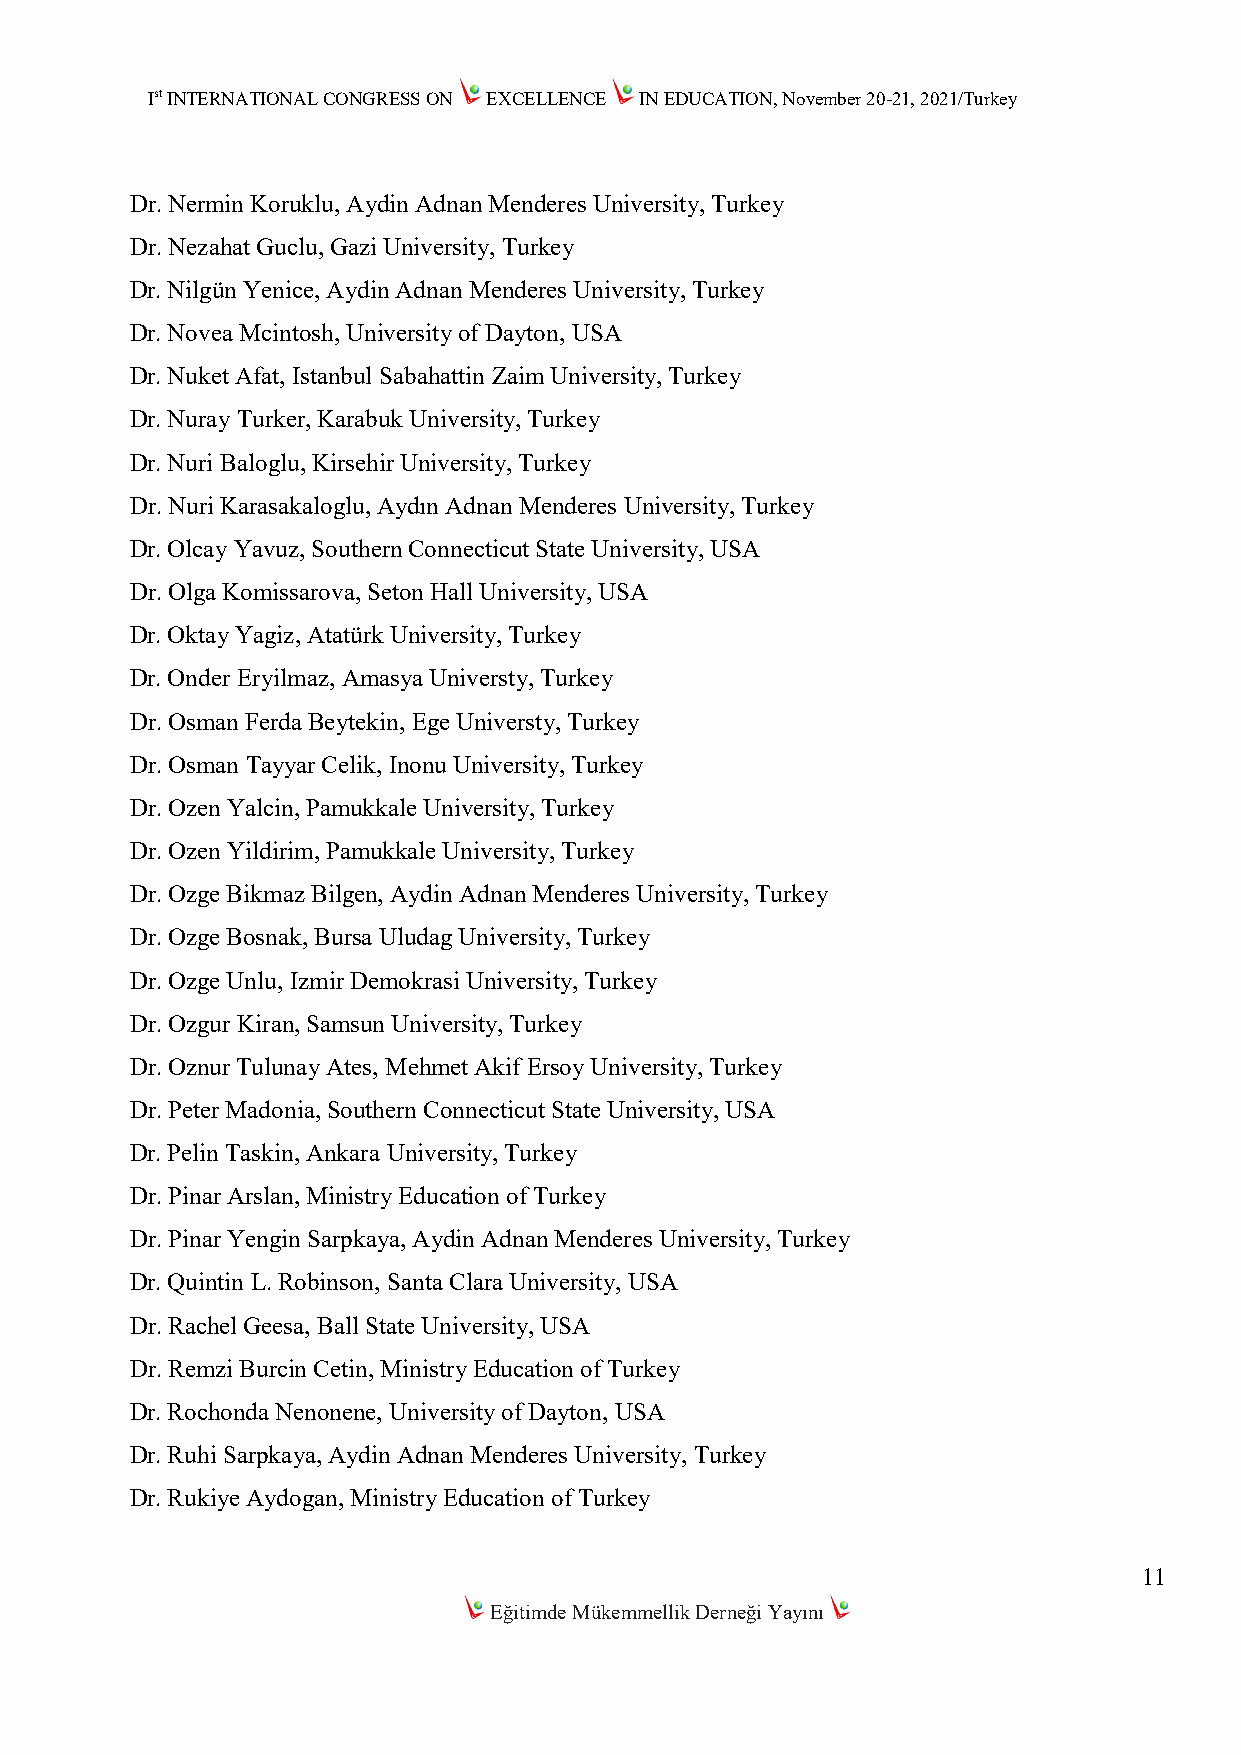
Ist INTERNATIONAL CONGRESS ON EXCELLENCE IN EDUCATION, November 20-21, 2021/Turkey
 Dr. Nermin Koruklu, Aydin Adnan Menderes University, Turkey
 Dr. Nezahat Guclu, Gazi University, Turkey
 Dr. Nilgün Yenice, Aydin Adnan Menderes University, Turkey
 Dr. Novea Mcintosh, University of Dayton, USA
 Dr. Nuket Afat, Istanbul Sabahattin Zaim University, Turkey
 Dr. Nuray Turker, Karabuk University, Turkey
 Dr. Nuri Baloglu, Kirsehir University, Turkey
 Dr. Nuri Karasakaloglu, Aydın Adnan Menderes University, Turkey
 Dr. Olcay Yavuz, Southern Connecticut State University, USA
 Dr. Olga Komissarova, Seton Hall University, USA
 Dr. Oktay Yagiz, Atatürk University, Turkey
 Dr. Onder Eryilmaz, Amasya Universty, Turkey
 Dr. Osman Ferda Beytekin, Ege Universty, Turkey
 Dr. Osman Tayyar Celik, Inonu University, Turkey
 Dr. Ozen Yalcin, Pamukkale University, Turkey
 Dr. Ozen Yildirim, Pamukkale University, Turkey
 Dr. Ozge Bikmaz Bilgen, Aydin Adnan Menderes University, Turkey
 Dr. Ozge Bosnak, Bursa Uludag University, Turkey
 Dr. Ozge Unlu, Izmir Demokrasi University, Turkey
 Dr. Ozgur Kiran, Samsun University, Turkey
 Dr. Oznur Tulunay Ates, Mehmet Akif Ersoy University, Turkey
 Dr. Peter Madonia, Southern Connecticut State University, USA
 Dr. Pelin Taskin, Ankara University, Turkey
 Dr. Pinar Arslan, Ministry Education of Turkey
 Dr. Pinar Yengin Sarpkaya, Aydin Adnan Menderes University, Turkey
 Dr. Quintin L. Robinson, Santa Clara University, USA
 Dr. Rachel Geesa, Ball State University, USA
 Dr. Remzi Burcin Cetin, Ministry Education of Turkey
 Dr. Rochonda Nenonene, University of Dayton, USA
 Dr. Ruhi Sarpkaya, Aydin Adnan Menderes University, Turkey
 Dr. Rukiye Aydogan, Ministry Education of Turkey
 11
 Eğitimde Mükemmellik Derneği Yayını